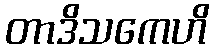
တာဒိသကေဟိ